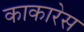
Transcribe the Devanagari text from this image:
काकारेस